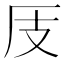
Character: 𱑜